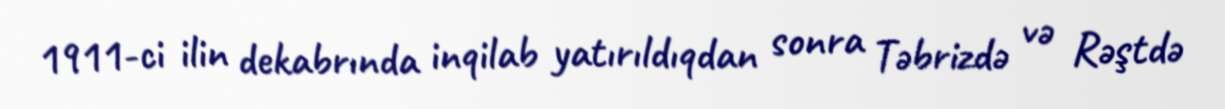
1911-ci ilin dekabrında inqilab yatırıldıqdan sonra Təbrizdə və Rəştdə